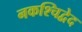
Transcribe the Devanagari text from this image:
नकश्चिद्वेद